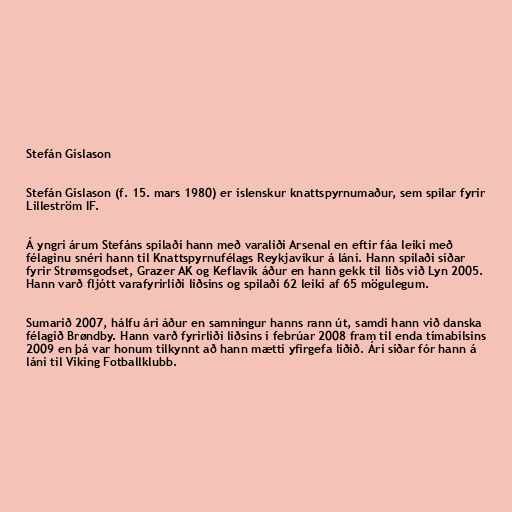
Stefán Gíslason

Stefán Gíslason (f. 15. mars 1980) er íslenskur knattspyrnumaður, sem spilar fyrir
Lilleström IF.

Á yngri árum Stefáns spilaði hann með varaliði Arsenal en eftir fáa leiki með
félaginu snéri hann til Knattspyrnufélags Reykjavíkur á láni. Hann spilaði síðar
fyrir Strømsgodset, Grazer AK og Keflavík áður en hann gekk til liðs við Lyn 2005.
Hann varð fljótt varafyrirliði liðsins og spilaði 62 leiki af 65 mögulegum.

Sumarið 2007, hálfu ári áður en samningur hanns rann út, samdi hann við danska
félagið Brøndby. Hann varð fyrirliði liðsins í febrúar 2008 fram til enda tímabilsins
2009 en þá var honum tilkynnt að hann mætti yfirgefa liðið. Ári síðar fór hann á
láni til Viking Fotballklubb.